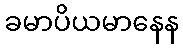
ခမာပိယမာနေန